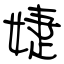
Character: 婕